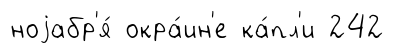
ноjабр'я́ окра́ин'е ка́пл'и 242